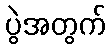
ပွဲအတွက်